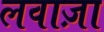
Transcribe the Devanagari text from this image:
लवाज़ा